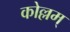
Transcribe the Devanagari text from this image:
कोल्लम्‌